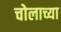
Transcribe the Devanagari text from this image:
चोलाच्या